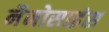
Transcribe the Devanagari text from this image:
नैनोसाइंस